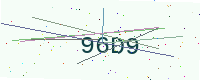
Text: 96D9